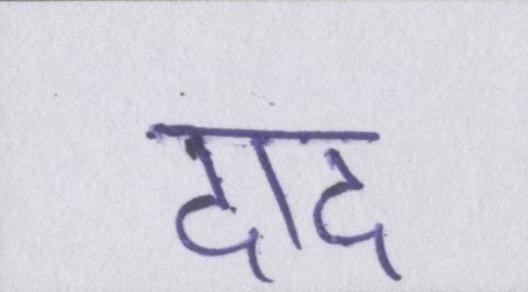
दाद